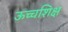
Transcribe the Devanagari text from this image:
ऊच्चशिक्ष